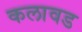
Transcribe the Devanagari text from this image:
कलावड